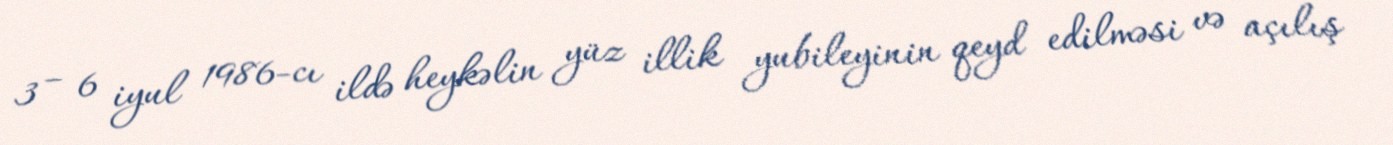
3 – 6 iyul 1986-cı ildə heykəlin yüz illik yubileyinin qeyd edilməsi və açılış